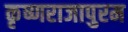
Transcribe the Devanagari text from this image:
कृष्णराजापुरम